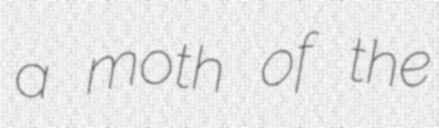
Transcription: a moth of the